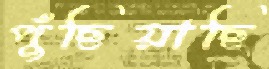
পুঁছিয়াছি